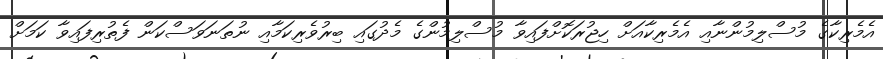
އެމެރިކާގެ މުސްލިމުންނާއި އެމެރިކާއަށް ހިޖުރަކޮށްފައިވާ މުސްލިމުންގެ މެދުގައި ބިރުވެރިކަމާއި ނުތަނަވަސްކަން ފެތުރިފައިވާ ކަމަށް